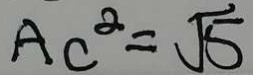
A C ^ { 2 } = \sqrt { 5 }